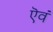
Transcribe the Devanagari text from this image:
ऎवं